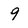
Character: 9